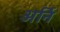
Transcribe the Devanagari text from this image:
अर्नि